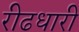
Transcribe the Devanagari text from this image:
रीढधारी